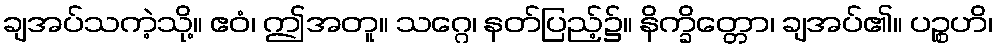
ချအပ်သကဲ့သို့။ ဧဝံ၊ ဤအတူ။ သဂ္ဂေ၊ နတ်ပြည့်၌။ နိက္ခိတ္တော၊ ချအပ်၏။ ပဉ္စဟိ၊